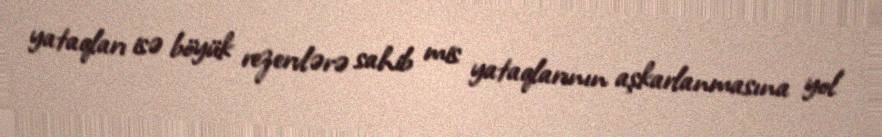
yataqları isə böyük rezervlərə sahib mis yataqlarının aşkarlanmasına yol